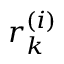
r _ { k } ^ { ( i ) }